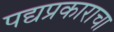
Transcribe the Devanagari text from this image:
पद्यप्रकाराचा